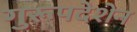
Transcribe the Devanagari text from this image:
गुरूपदेशेन